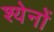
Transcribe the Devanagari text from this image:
श्येनों